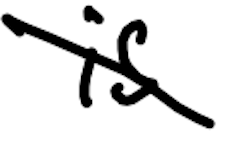
Text: is
Cross-out: diagonal
Writing tool: digital_black